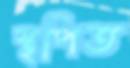
স্থপিত